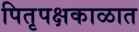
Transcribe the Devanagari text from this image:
पितृपक्षकाळात